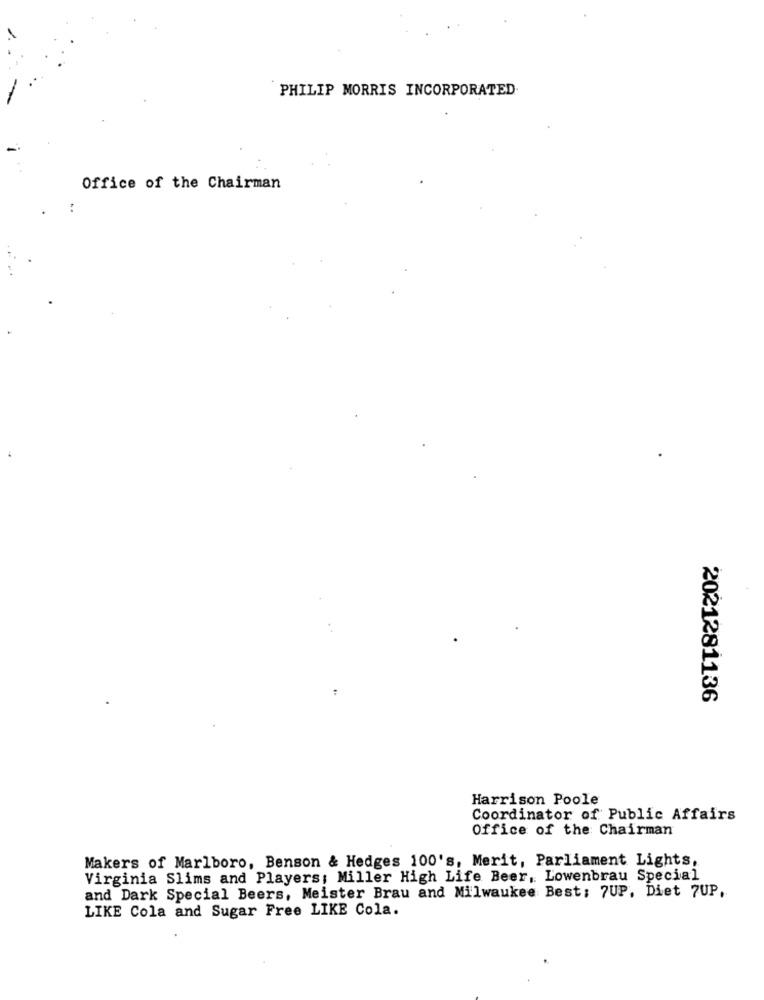
PHILIP MORRIS INCORPORATED
Office of the Chairman
..
2021281136
Harrison Poole
Coordinator of Public Affairs
Office of the Chairman
Makers of Marlboro, Benson & Hedges 100's, Merit, Parliament Lights,
Virginia Slims and Players: Miller High Life Beer, Lowenbrau Special
and Dark Special Beers, Meister Brau and Milwaukee Best: 7UP, Diet 7UP,
LIKE Cola and Sugar Free LIKE Cola.